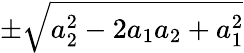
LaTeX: \pm\sqrt{a_{2}^{2}-2a_{1}a_{2}+a_{1}^{2}}